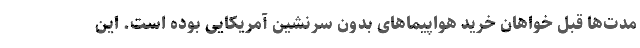
مدت‌ها قبل خواهان خرید هواپیماهای بدون سرنشین آمریکایی بوده است. این